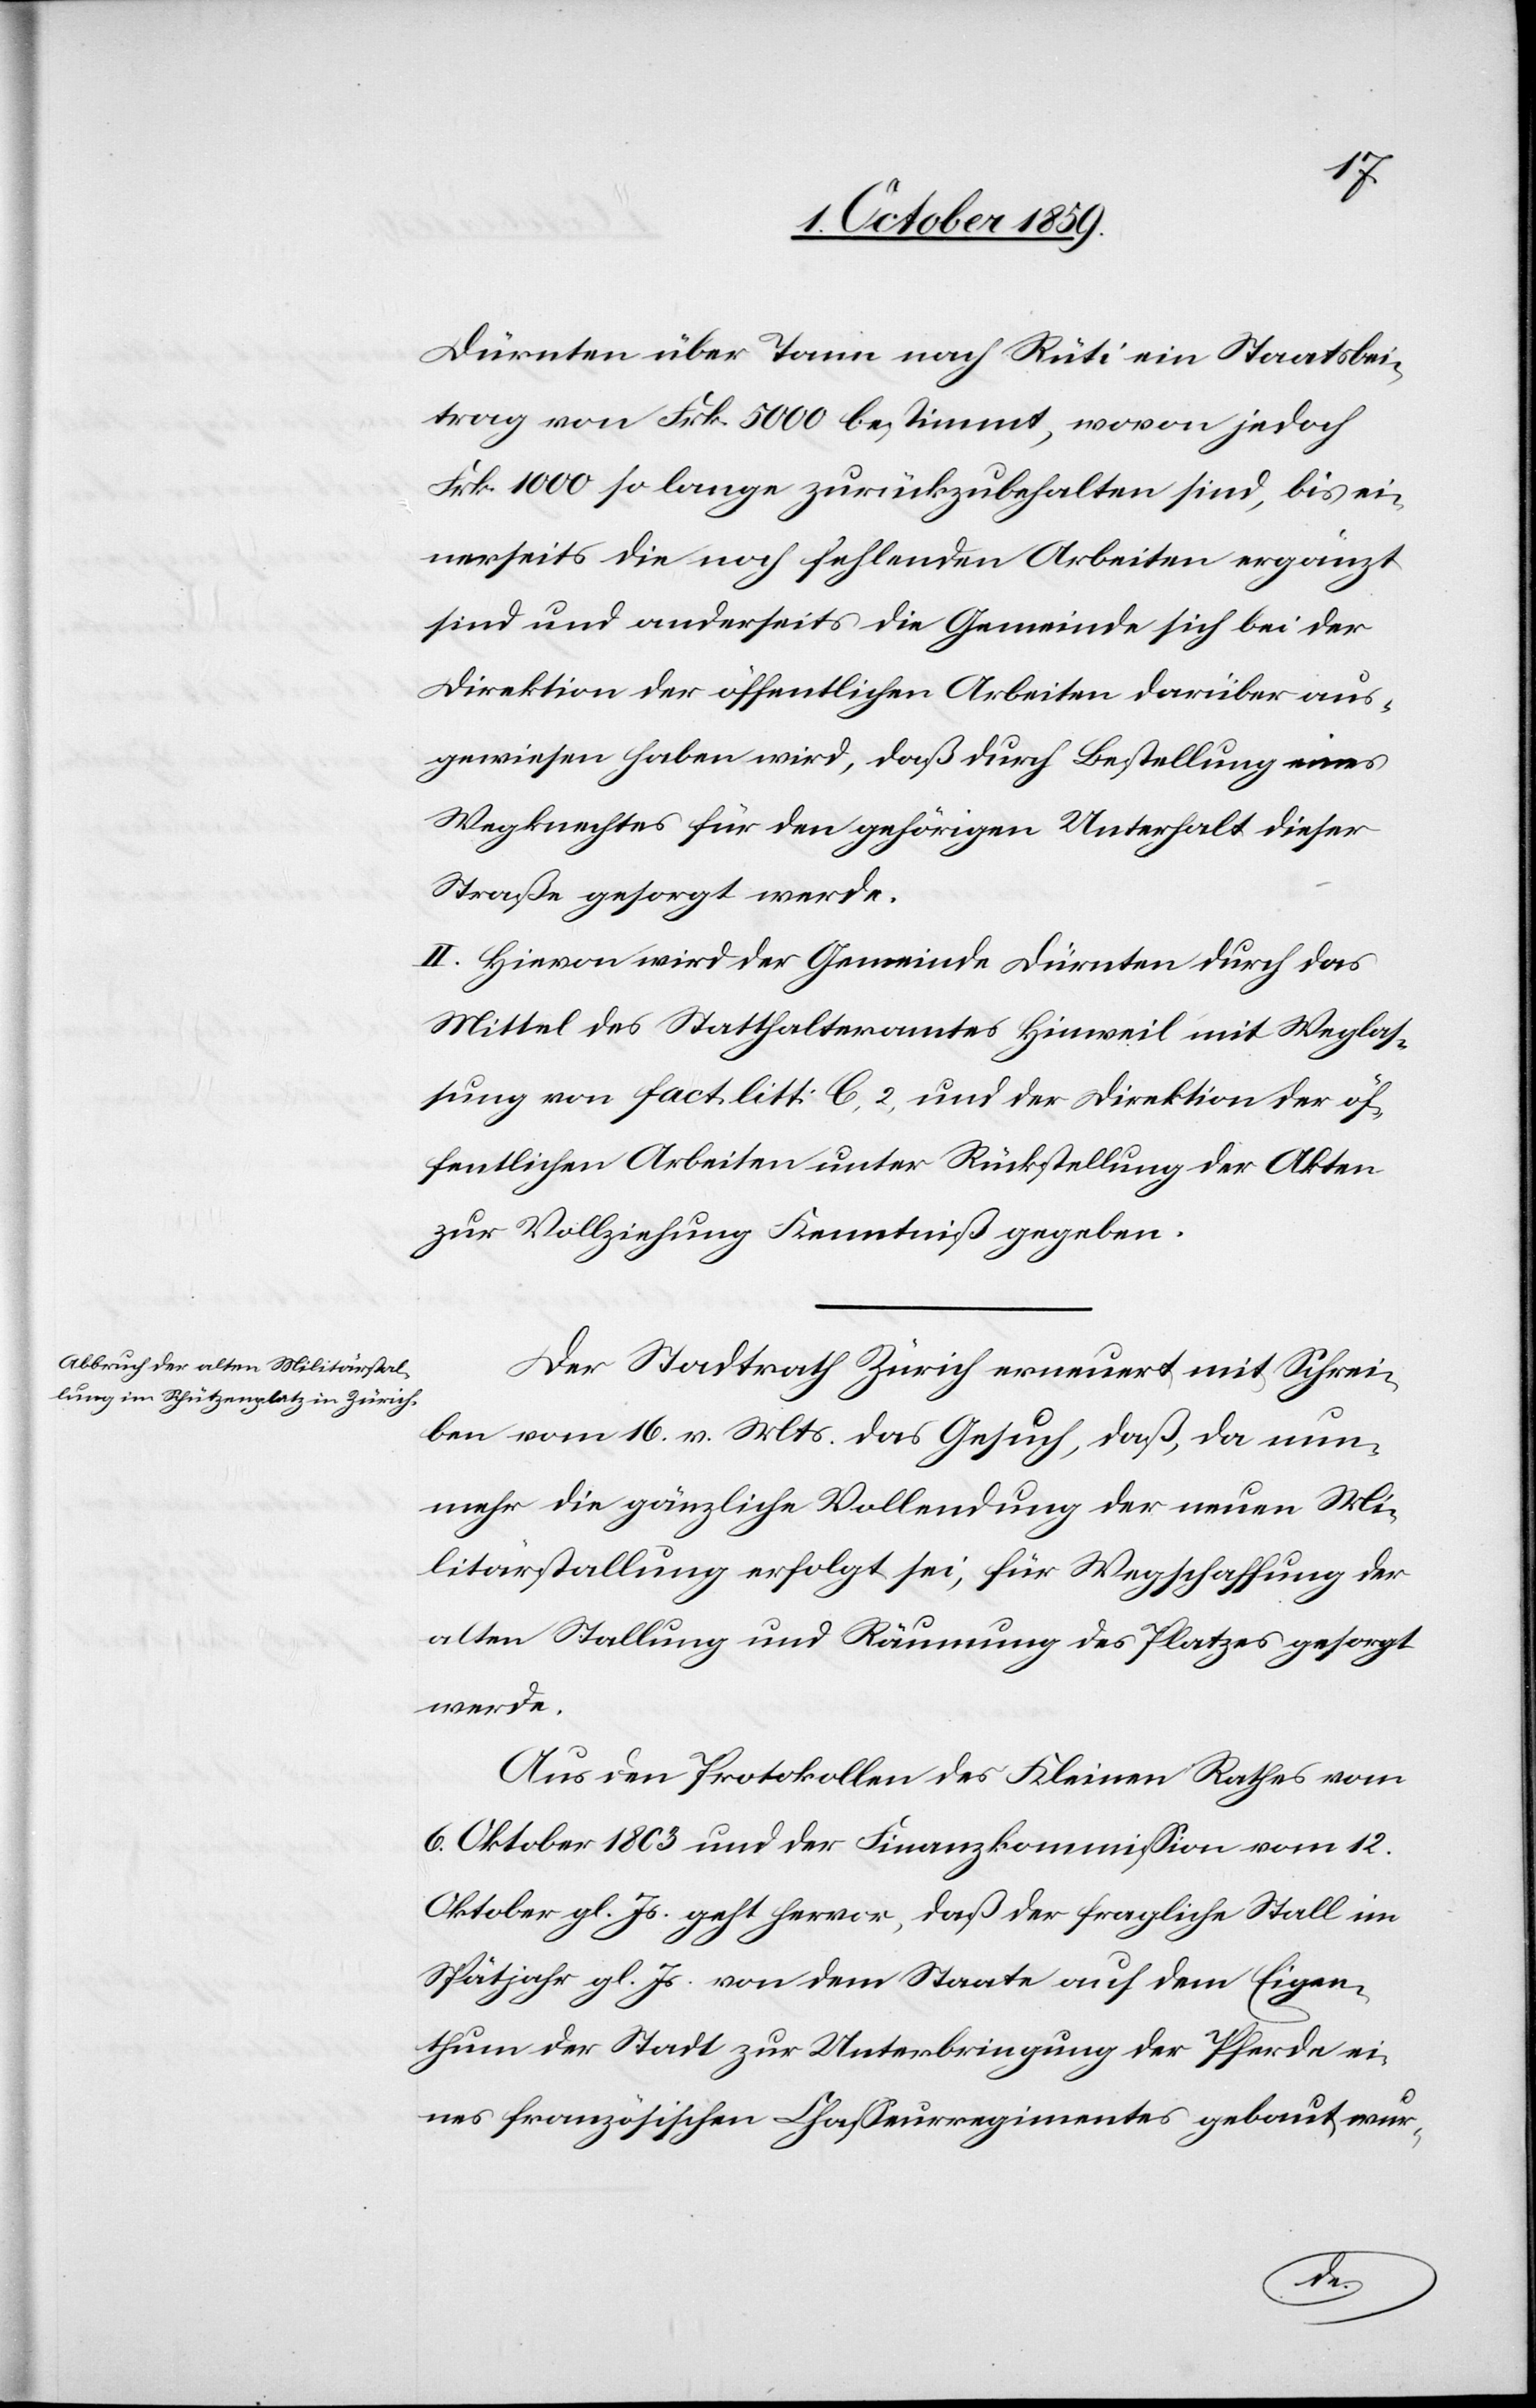
Dürnten über Tann nach Rüti ein Staatsbei¬
trag von Frk. 5000 bestimmt, wovon jedoch
Frk. 1000 so lange zurückzubehalten sind, bis ei¬
nerseits die noch fehlenden Arbeiten ergänzt
sind und anderseits die Gemeinde sich bei der
Direktion der öffentlichen Arbeiten darüber aus¬
gewiesen haben wird, daß durch Bestellung eines
Wegknechtes für den gehörigen Unterhalt dieser
Straße gesorgt werde.
II. Hievon wird der Gemeinde Dürnten durch das
Mittel des Statthalteramtes Hinweil mit Weglas¬
sung von fact. litt: C, 2, und der Direktion der öf¬
fentlichen Arbeiten unter Rückstellung der Akten
zur Vollziehung Kenntniß gegeben.
Der Stadtrath Zürich erneuert mit Schrei¬
ben vom 16. v. Mts. das Gesuch, daß, da nun¬
mehr die gänzliche Vollendung der neuen Mi¬
litärstallung erfolgt sei, für Wegschaffung der
alten Stallung und Räumung des Platzes gesorgt
werde.
Aus den Protokollen des Kleinen Rathes vom
6. Oktober 1803 und der Finanzkommission vom 12.
Oktober gl. Js. geht hervor, daß der fragliche Stall im
Spätjahr gl. Js. von dem Staate auf dem Eigen¬
thum der Stadt zur Unterbringung der Pferde ei¬
nes französischen Chasseurregimentes gebaut wur-